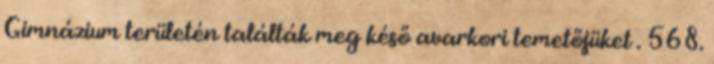
Gimnázium területén találták meg késő avarkori temetőjüket . 568.